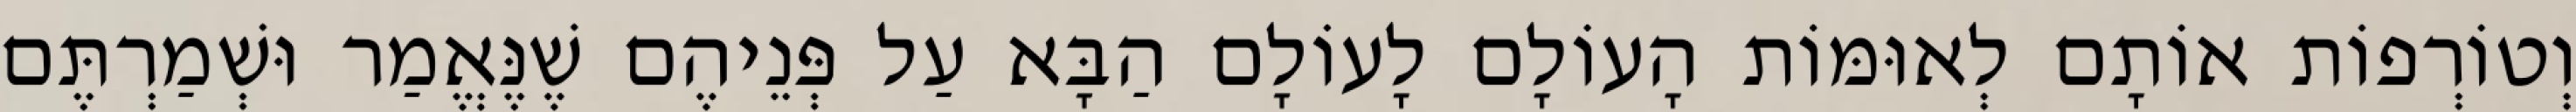
וְטוֹרְפוֹת אוֹתָם לְאוּמּוֹת הָעוֹלָם לָעוֹלָם הַבָּא עַל פְּנֵיהֶם שֶׁנֶּאֱמַר וּשְׁמַרְתֶּם